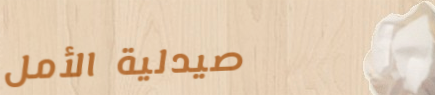
صيدلية الأمل